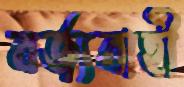
বর্জ্যবাহী